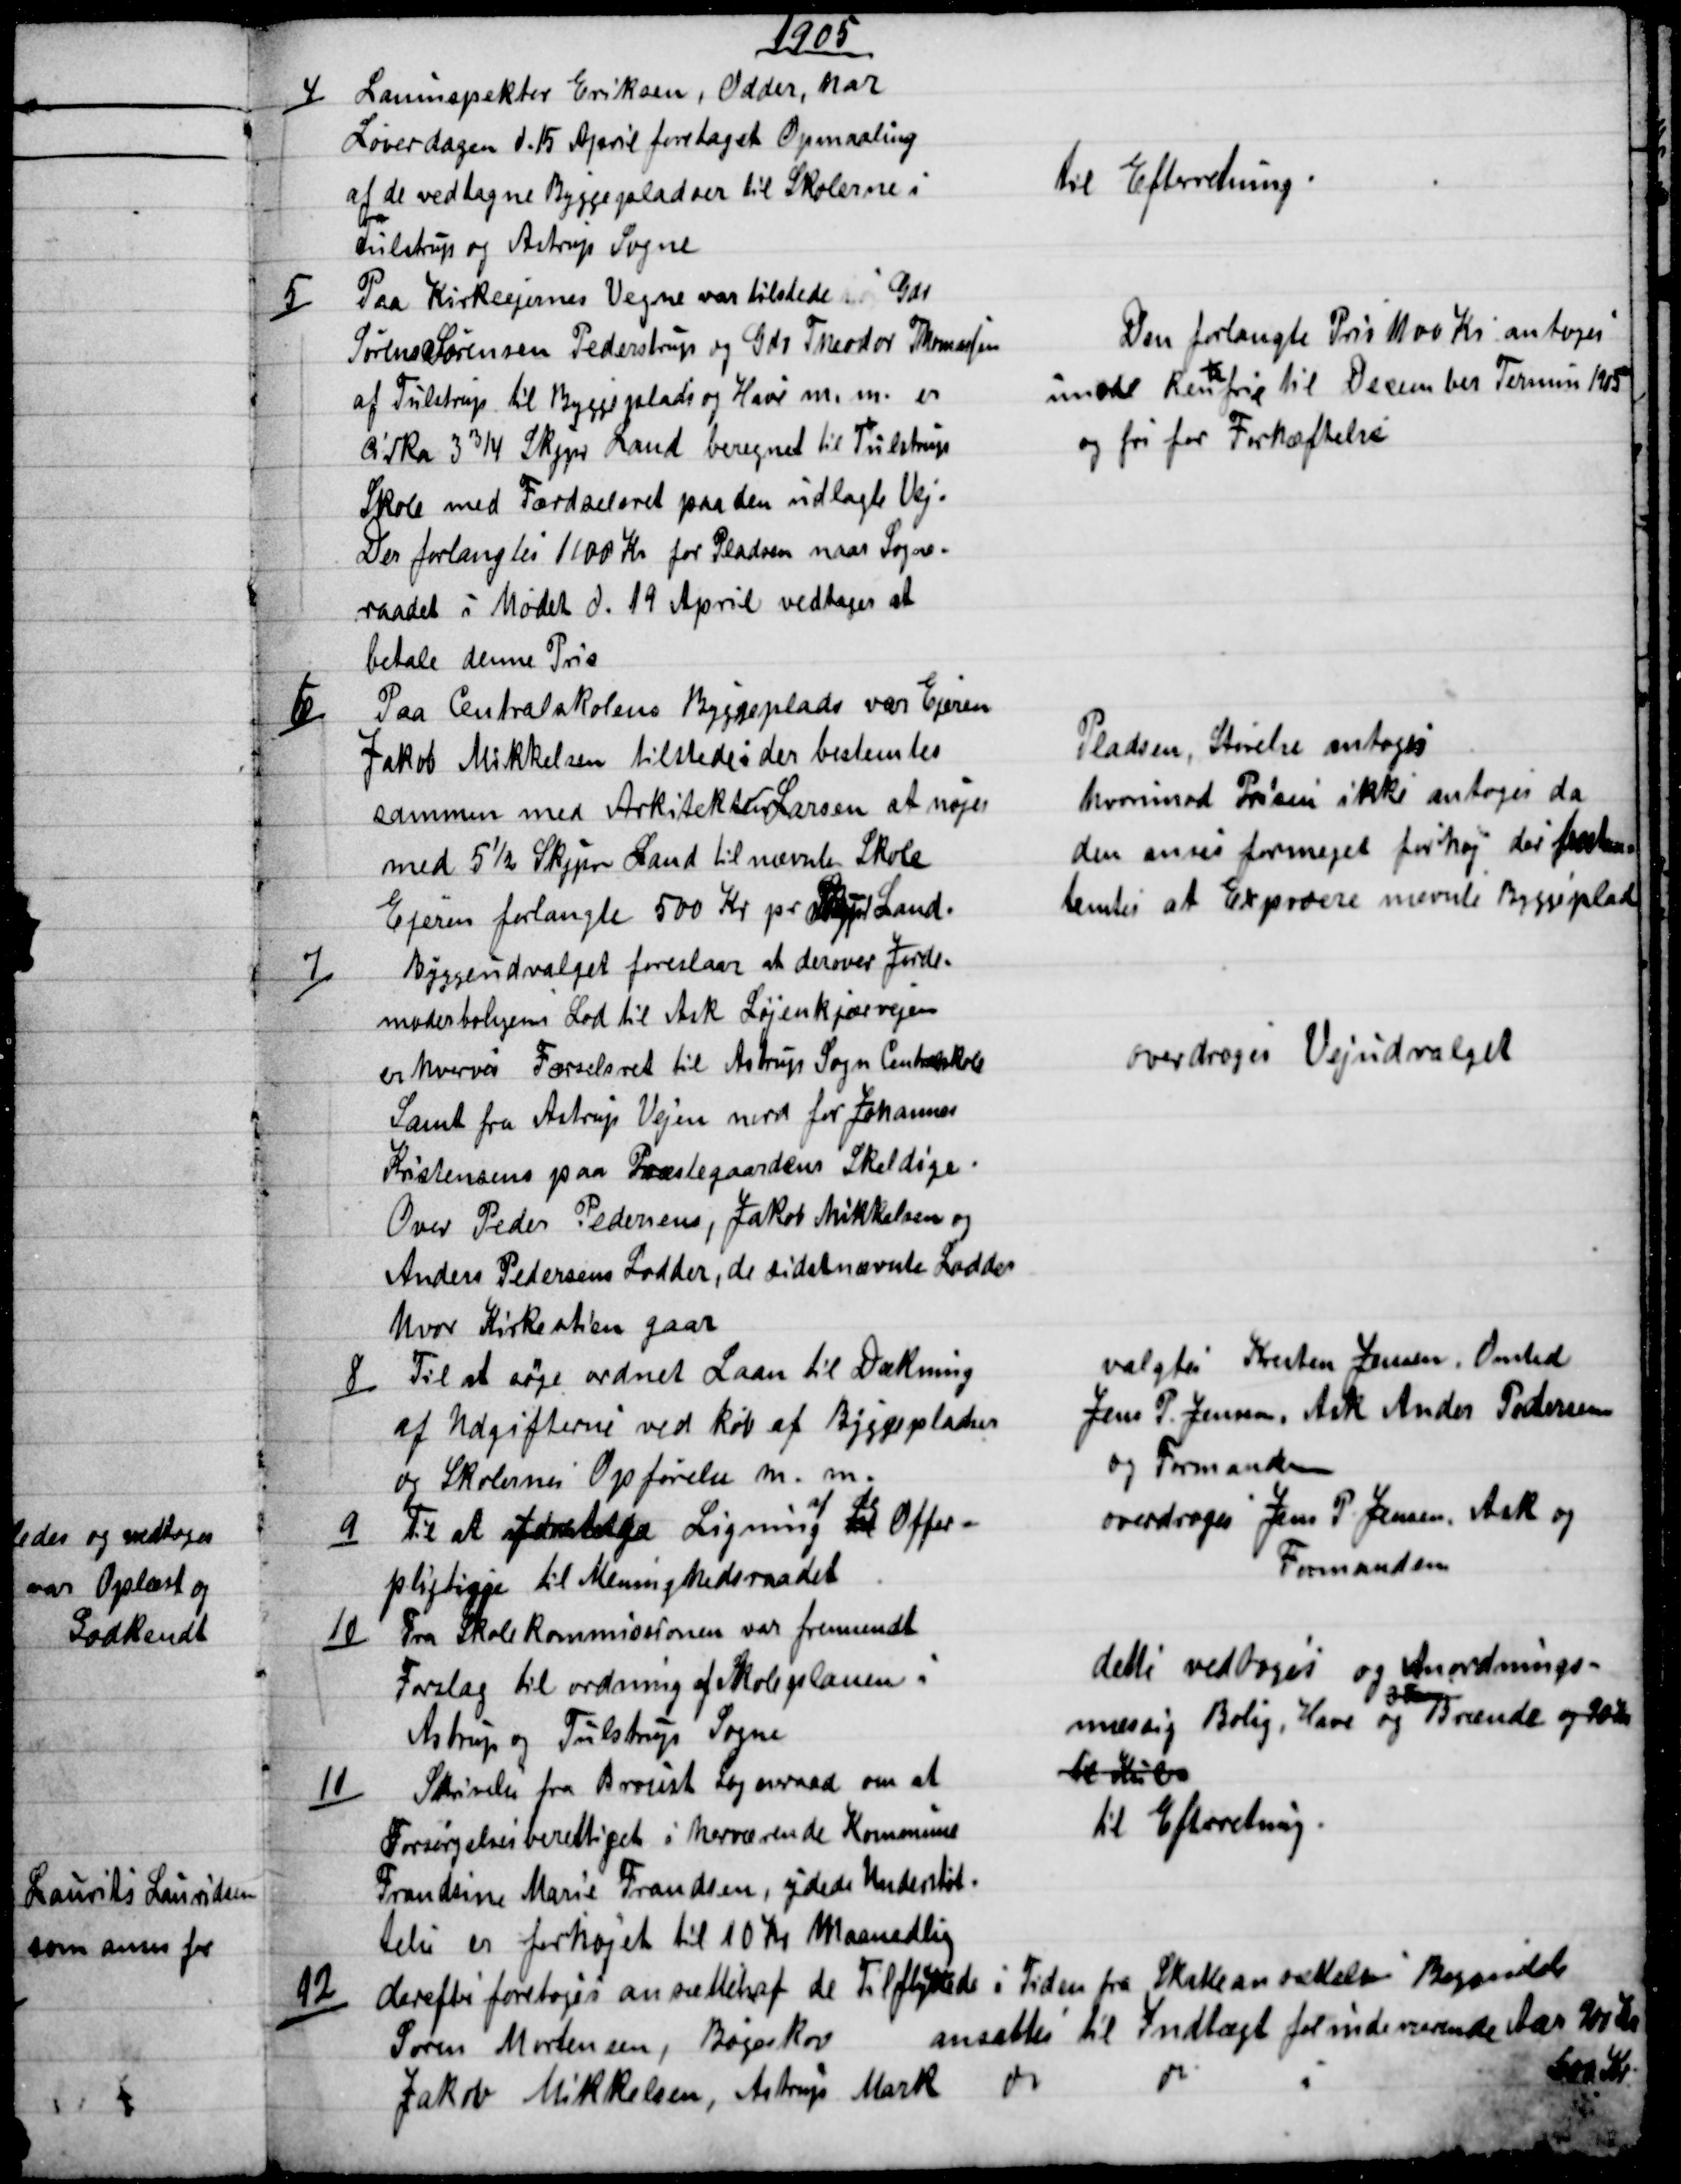
Transskription:
1905
4)
Laninspektør Eriksen, Odder, har
Løverdagen d. 15 April foretaget Opmaaling
af de vedtagne Byggepladser til Skolerne i
Tulstrup og Astrup Sogne
til Efterretning.
5)
Paa Kirkeejernes Vegne var tilstede Gdr
Søren Sørensen Pederstrup og Gdr Theodor Thomassen
af Tulstrup til Byggeplads og Have m. m. er
Cirka 3¾ Skjpr Land beregnet til Tulstrup
Skole med Færdselsret paa den udlagte Vej.
Der forlangtes 1100 Kr for Pladsen naar Sogne-
raadet i Mødet d. 19 April vedtager at
betale denne Pris
Den forlangte Pris 1100 Kr antoges
imod Ren
te
fri, til December Termin 1905
og fri for Forhæftelse
6)
Paa Centralskolens Byggeplads var Ejeren
Jakob Mikkelsen tilstede: der bestemtes
sammen med Arkitekten Larsen at nøjes
med 5½ Skjpr Land til nævnte Skole
Ejeren forlangte 500 Kr pr Skjpr Land.
Pladsen, Størelse antoges
hvorimod Prisen ikke antoges da
den anses formeget forhøj der  bes-
temtes at Exproere nævnte Byggeplad
7)
Byggeudvalget foreslaar at derover Jorde-
moderboligens Lod til Ask Løjenkjærvejen
erhverves Færselsret til Astrup Sogn Centralskole
Samt fra Astrup Vejen nord for Johannes
Kristensens paa Præstegaardens Skeldige.
Over Peder Pedersens, Jakob Mikkelsen og
Anders Pedersens Lodder, de sidstnævnte Lodder
hvor Kirkestien gaar
overdroges Vejudvalget
8)
Til at søge ordnet Laan til Dækning
af Udgifterne ved køb af Byggepladser
og Skolernes Opførelse m. m.
valgtes Kresten Jensen, Onsted
Jens P. Jensen, Ask Ander Pedersen
og Formanden
9)
Til at foretage Ligning 
af de
til Offer-
pligtigge til Menighedsraadet
overdroges Jens P. Jensen, Ask og
Formanden
10)
Fra Skolekommissionen var fremsendt
Forslag til ordning af Skoleplanen i
Astrup og Tulstrup Sogne
dette vedtoges og Anordnings-
mæssig Bolig, Have og 

Brænde og 10%
til Kul.
11)
Skrivelse fra Brovst Sogneraad om at
Forsørgelsesberettiget i herværende Kommune
Frandsine Marie Frandsen, ydede Understøt-
telse er forhøjet til 10 Kr Maanedlig
til Efterretning.
12)
derefter foretoges ansættelse af de Tilflyttede i Tiden fra Skatteansættelsens Begyndelse
Søren Mortensen, Bøgeskov ansattes til Indtægt for indeværende Aar 900Kr
Jakob Mikkelsen, Astrup Mark
do
do
i
500 Kr